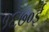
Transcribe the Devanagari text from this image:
१६७०ई